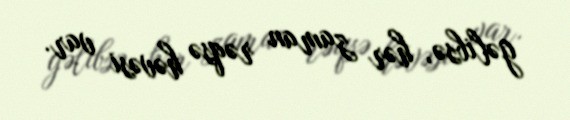
gəlibsə, hər zaman rəqsə həvəsi var.